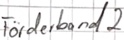
Text: Förderband2